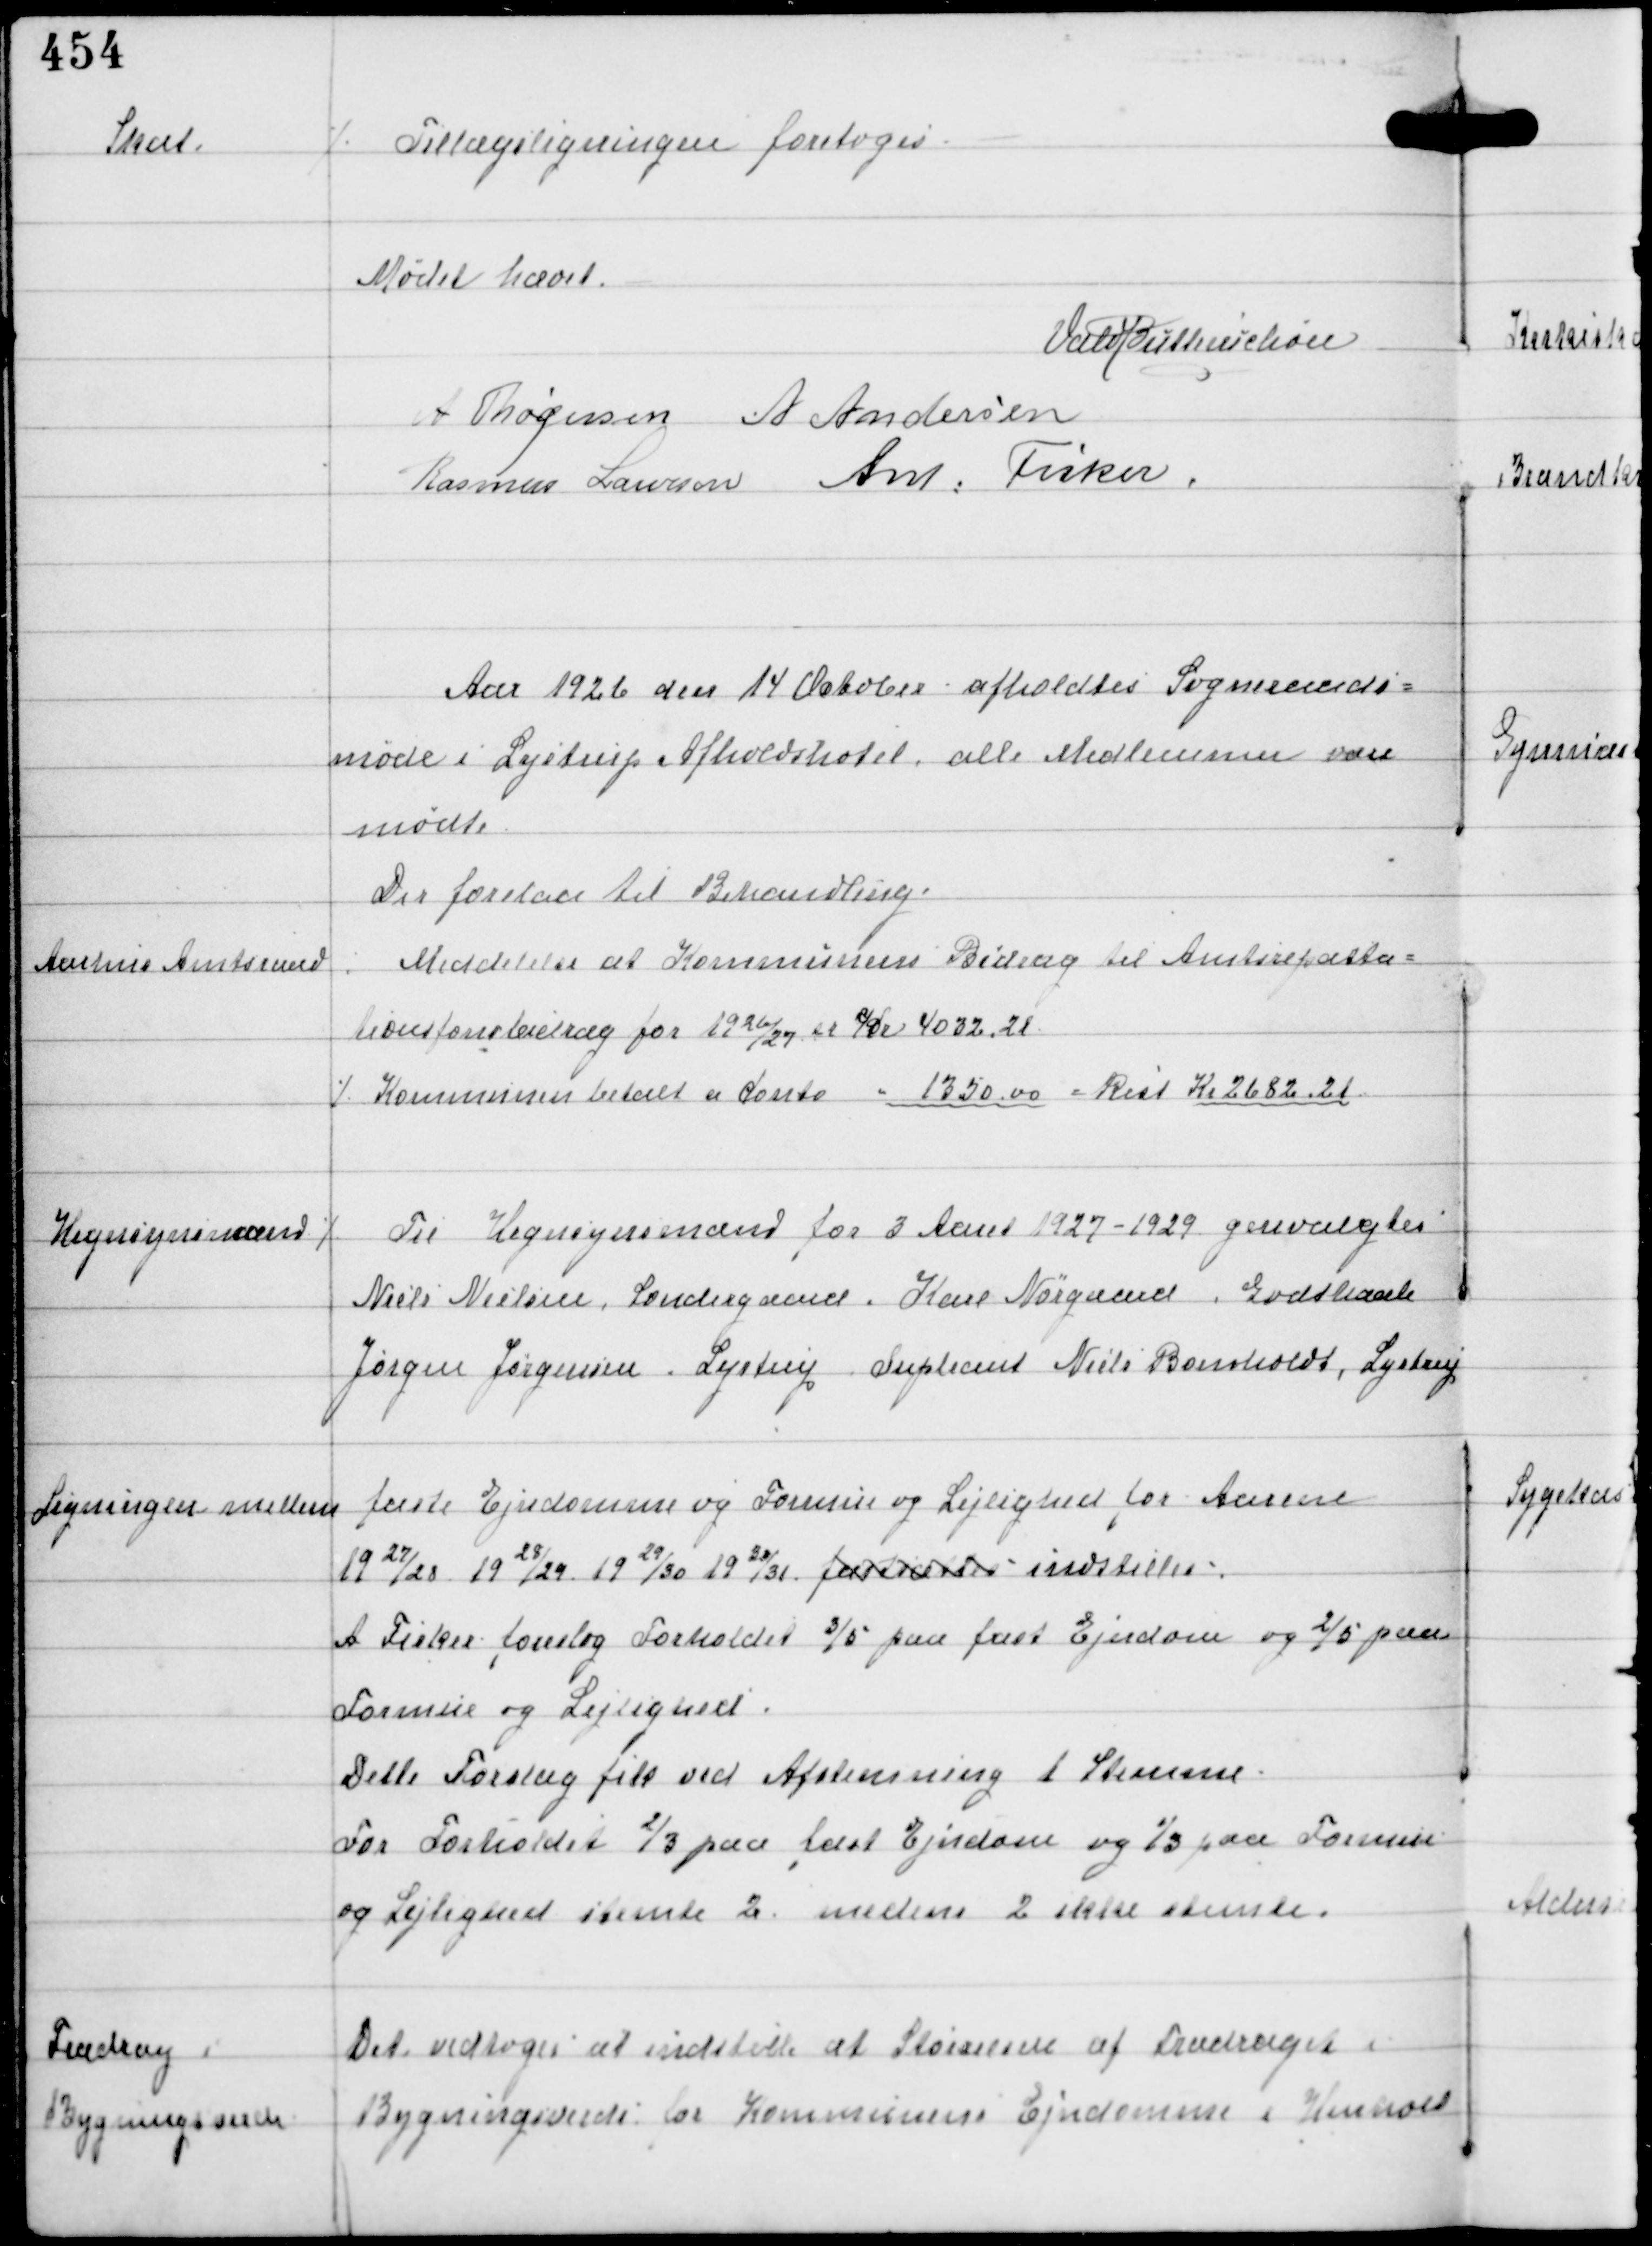
Transskription:
Skat

⁒ Tillægsligningen foretoges

Mødet hævet.
Vald Buttenschøn
A Thøgersen A Andersen
Rasmus Laursen Ant Fisker

Aar 1926 den 14 October afholdtes Sogneraads-
møde i Lystrup Afholdshotel, alle Medlemmer vare
mødte
Der forelaa til Behandling.

Aarhus Amtsraad

Meddelelse at Kommunens Bidrag til Amtsrepatta-
tionsfonsbidrag for 1926/27 er Kr 4032,21
⁒ Kommunen betalt a Conto " 1350,00 = Rest Kr 2682,21

Hegnsynsmænd

⁒ Til Hegnsynsmænd for 3 Aaret 1927-1929 genvalgtes
Niels Nielsen, Søndergaard Karl Nørgaard, Godthaab
Jørgen Jørgensen, Lystrup Supleant Niels Bomholdt, Lystrup

Ligningen mellem faste Ejendomme og Formue og Lejlighed for Aarene
1927/28 1928/29 1929/30 1930/31 fastsættes indstilles
A Fisker foreslog Forholdet 3/5 paa fast Ejendom og 2/5 paa
Formue og Lejlighed.
Dette Forslag fik ved Afstemning 1 Stemme
For Forholdet 2/3 fast Ejendom og 1/3 Formue
og Lejlighed stemte 2 medens 2 ikke stemte.

Fradrag i
Bygningsverdi

Det vedtoges at indstille at Størrelsen af Fradraget i
Bygningverdi for Kommunens Ejendomme i Henhold